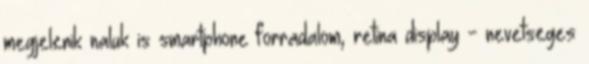
megjelenik naluk is smartphone forradalom, retina display - nevetseges